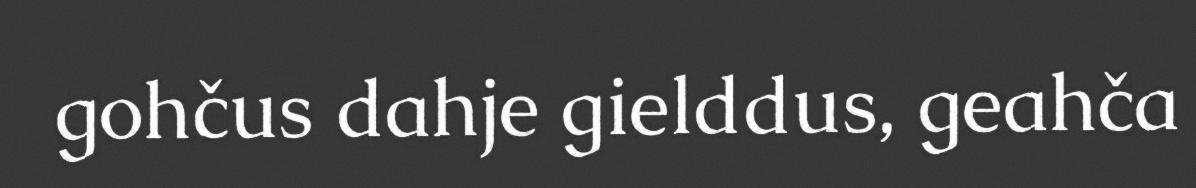
gohčus dahje gielddus, geahča